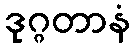
ဒုဂ္ဂတာနံ